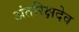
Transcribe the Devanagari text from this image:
अंतरिक्षदेव